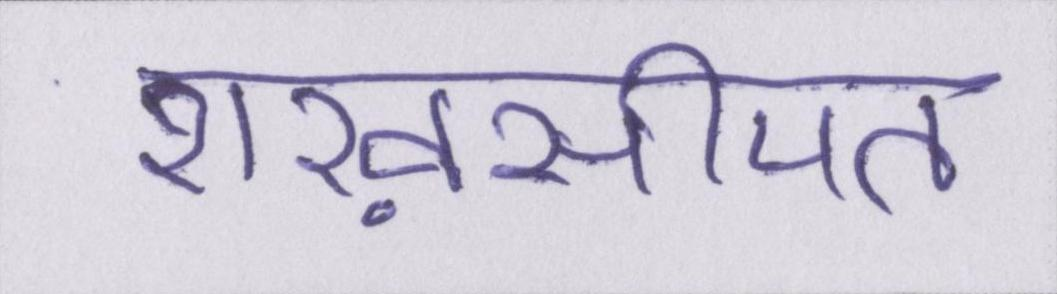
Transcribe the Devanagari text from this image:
शख़सीयत